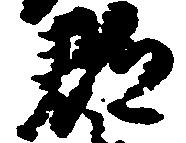
郡